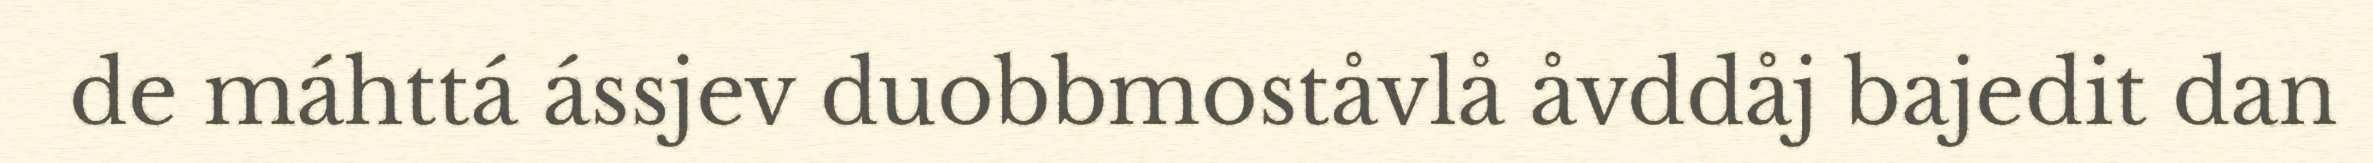
de máhttá ássjev duobbmoståvlå åvddåj bajedit dan